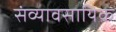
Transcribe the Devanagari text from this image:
संव्यावसायिक